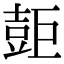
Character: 壾